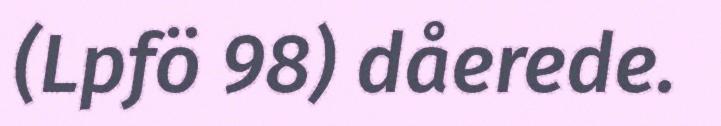
(Lpfö 98) dåerede.